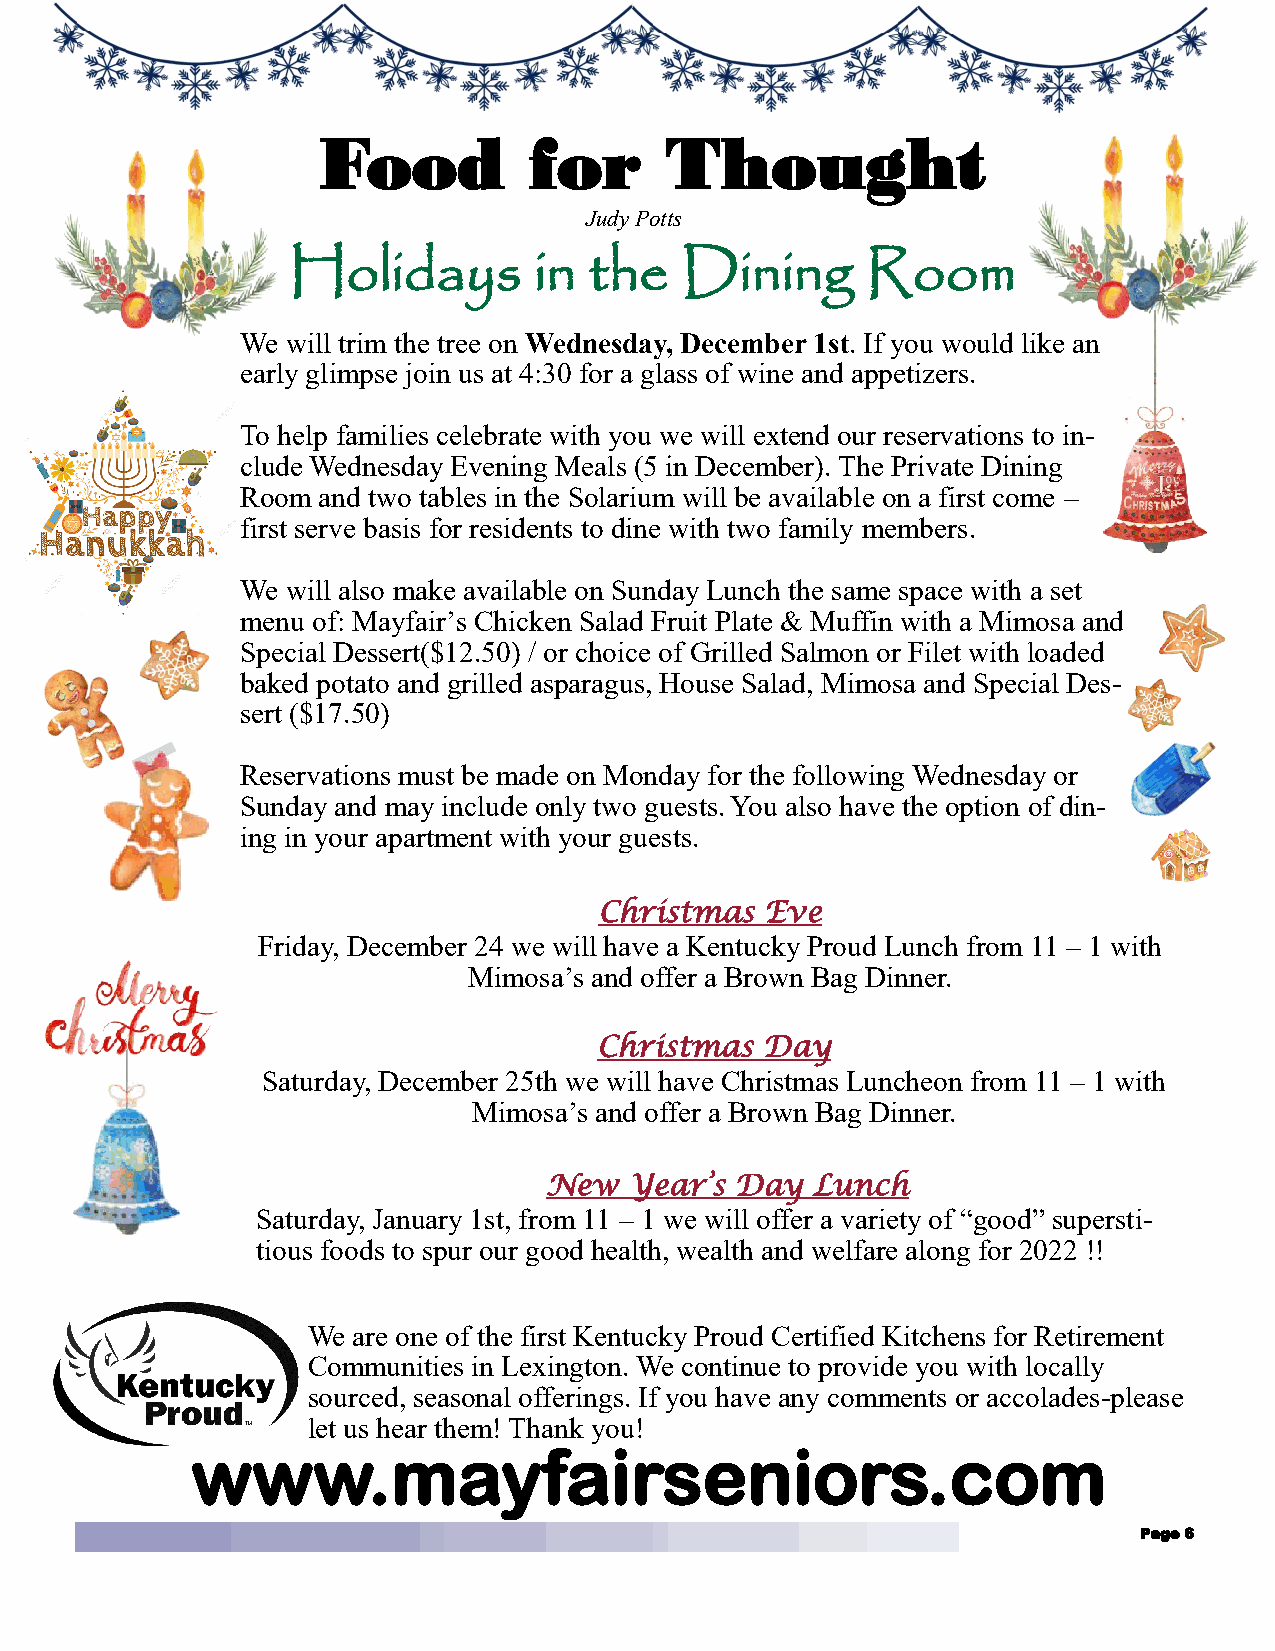
Food          for      Thought
 Judy Potts
 Holidays        in  the   Dining      Room
 We will trim the tree on Wednesday, December 1st. If you would like an
 early glimpse join us at 4:30 for a glass of wine and appetizers.
 To help families celebrate with you we will extend our reservations to in-
 clude Wednesday Evening Meals (5 in December). The Private Dining
 Room and two tables in the Solarium will be available on a first come –
 first serve basis for residents to dine with two family members.
 We will also make available on Sunday Lunch the same space with a set
 menu of: Mayfair’s Chicken Salad Fruit Plate & Muffin with a Mimosa and
 Special Dessert($12.50) / or choice of Grilled Salmon or Filet with loaded
 baked potato and grilled asparagus, House Salad, Mimosa and Special Des-
 sert ($17.50)
 Reservations must be made on Monday for the following Wednesday or
 Sunday and may include only two guests. You also have the option of din-
 ing in your apartment with your guests.
 Christmas  Eve
 Friday, December 24 we will have a Kentucky Proud Lunch from 11 – 1 with
 Mimosa’s and offer a Brown Bag Dinner.
 Christmas  Day
 Saturday, December 25th we will have Christmas Luncheon from 11 – 1 with
 Mimosa’s and offer a Brown Bag Dinner.
 New   Year’s Day  Lunch
 Saturday, January 1st, from 11 – 1 we will offer a variety of “good” supersti-
 tious foods to spur our good health, wealth and welfare along for 2022 !!
 We are one of the first Kentucky Proud Certified Kitchens for Retirement
 Communities in Lexington. We continue to provide you with locally
 sourced, seasonal offerings. If you have any comments or accolades-please
 let us hear them! Thank you!
 www.mayfairseniors.com
 Page 6